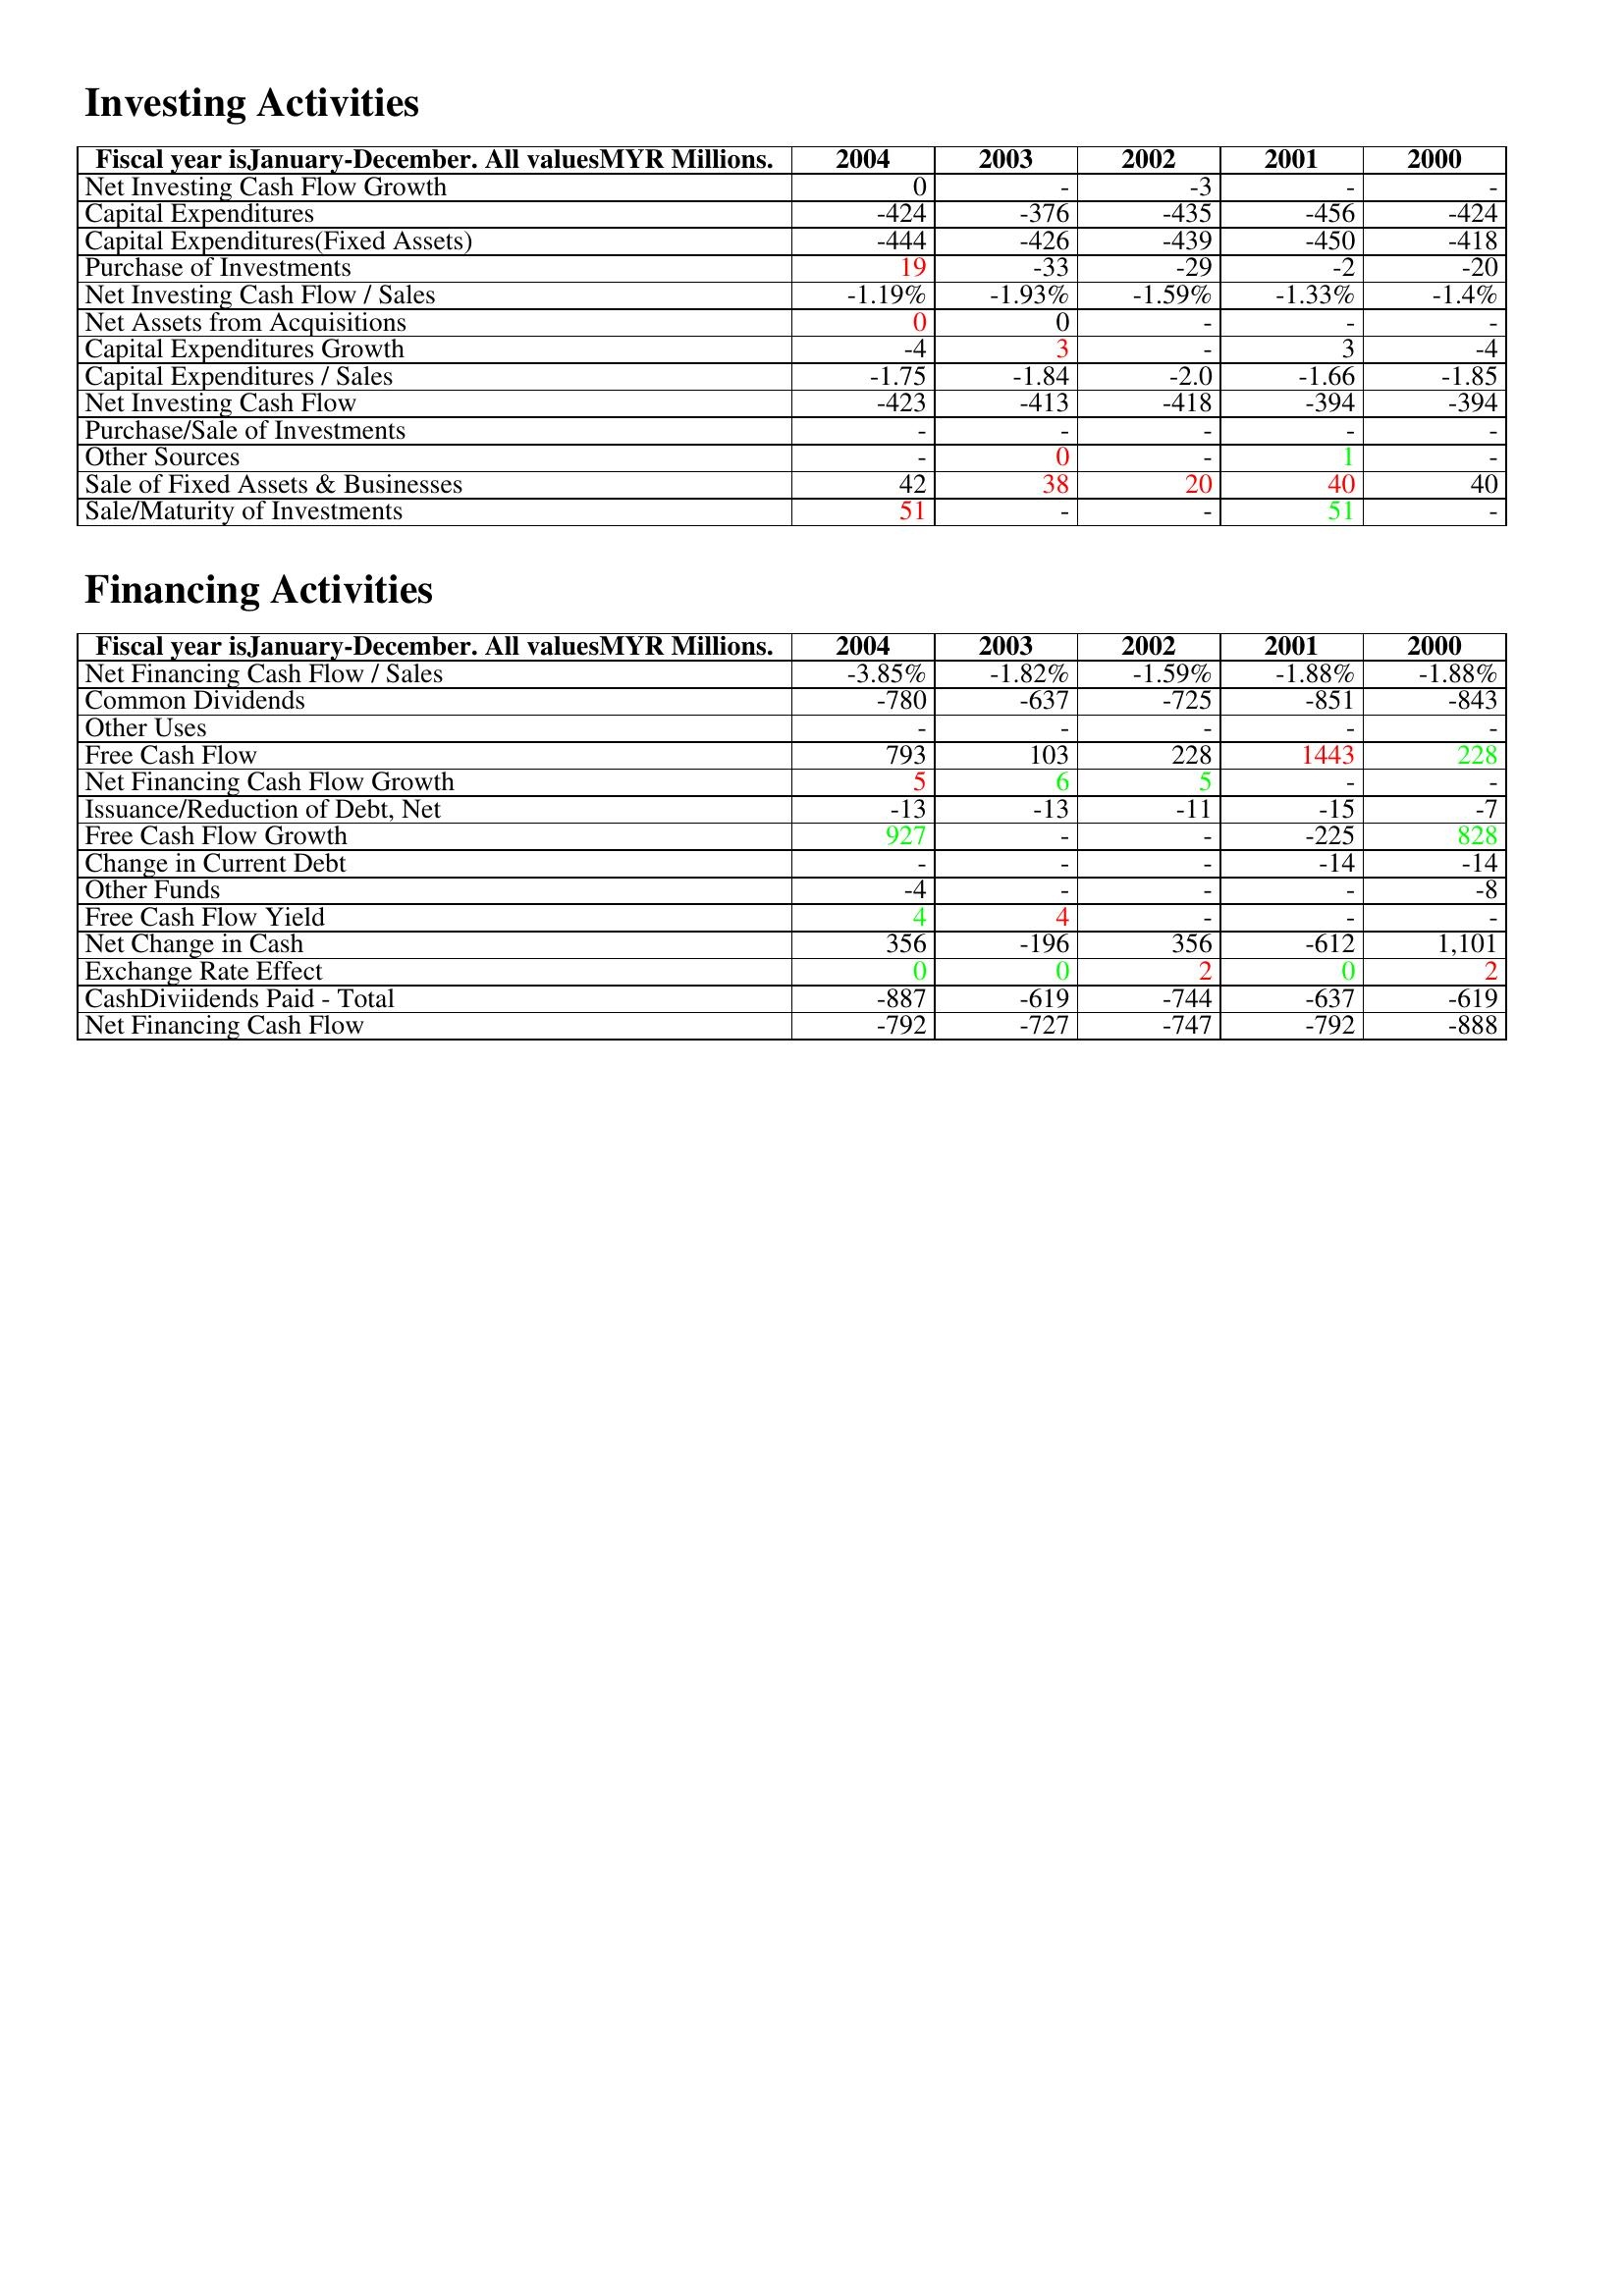
gt_parse: 2004: Investing Activities: Net Investing Cash Flow Growth: 0
Capital Expenditures: -424
Capital Expenditures(Fixed Assets): -444
Purchase of Investments: 19
Net Investing Cash Flow / Sales: -1.19%
Net Assets from Acquisitions: 0
Capital Expenditures Growth: -4
Capital Expenditures / Sales: -1.75
Net Investing Cash Flow: -423
Purchase/Sale of Investments: -
Other Sources: -
Sale of Fixed Assets & Businesses: 42
Sale/Maturity of Investments: 51
Financing Activities: Net Financing Cash Flow / Sales: -3.85%
Common Dividends: -780
Other Uses: -
Free Cash Flow: 793
Net Financing Cash Flow Growth: 5
Issuance/Reduction of Debt, Net: -13
Free Cash Flow Growth: 927
Change in Current Debt: -
Other Funds: -4
Free Cash Flow Yield: 4
Net Change in Cash: 356
Exchange Rate Effect: 0
CashDiviidends Paid - Total: -887
Net Financing Cash Flow: -792
2003: Investing Activities: Net Investing Cash Flow Growth: -
Capital Expenditures: -376
Capital Expenditures(Fixed Assets): -426
Purchase of Investments: -33
Net Investing Cash Flow / Sales: -1.93%
Net Assets from Acquisitions: 0
Capital Expenditures Growth: 3
Capital Expenditures / Sales: -1.84
Net Investing Cash Flow: -413
Purchase/Sale of Investments: -
Other Sources: 0
Sale of Fixed Assets & Businesses: 38
Sale/Maturity of Investments: -
Financing Activities: Net Financing Cash Flow / Sales: -1.82%
Common Dividends: -637
Other Uses: -
Free Cash Flow: 103
Net Financing Cash Flow Growth: 6
Issuance/Reduction of Debt, Net: -13
Free Cash Flow Growth: -
Change in Current Debt: -
Other Funds: -
Free Cash Flow Yield: 4
Net Change in Cash: -196
Exchange Rate Effect: 0
CashDiviidends Paid - Total: -619
Net Financing Cash Flow: -727
2002: Investing Activities: Net Investing Cash Flow Growth: -3
Capital Expenditures: -435
Capital Expenditures(Fixed Assets): -439
Purchase of Investments: -29
Net Investing Cash Flow / Sales: -1.59%
Net Assets from Acquisitions: -
Capital Expenditures Growth: -
Capital Expenditures / Sales: -2.0
Net Investing Cash Flow: -418
Purchase/Sale of Investments: -
Other Sources: -
Sale of Fixed Assets & Businesses: 20
Sale/Maturity of Investments: -
Financing Activities: Net Financing Cash Flow / Sales: -1.59%
Common Dividends: -725
Other Uses: -
Free Cash Flow: 228
Net Financing Cash Flow Growth: 5
Issuance/Reduction of Debt, Net: -11
Free Cash Flow Growth: -
Change in Current Debt: -
Other Funds: -
Free Cash Flow Yield: -
Net Change in Cash: 356
Exchange Rate Effect: 2
CashDiviidends Paid - Total: -744
Net Financing Cash Flow: -747
2001: Investing Activities: Net Investing Cash Flow Growth: -
Capital Expenditures: -456
Capital Expenditures(Fixed Assets): -450
Purchase of Investments: -2
Net Investing Cash Flow / Sales: -1.33%
Net Assets from Acquisitions: -
Capital Expenditures Growth: 3
Capital Expenditures / Sales: -1.66
Net Investing Cash Flow: -394
Purchase/Sale of Investments: -
Other Sources: 1
Sale of Fixed Assets & Businesses: 40
Sale/Maturity of Investments: 51
Financing Activities: Net Financing Cash Flow / Sales: -1.88%
Common Dividends: -851
Other Uses: -
Free Cash Flow: 1443
Net Financing Cash Flow Growth: -
Issuance/Reduction of Debt, Net: -15
Free Cash Flow Growth: -225
Change in Current Debt: -14
Other Funds: -
Free Cash Flow Yield: -
Net Change in Cash: -612
Exchange Rate Effect: 0
CashDiviidends Paid - Total: -637
Net Financing Cash Flow: -792
2000: Investing Activities: Net Investing Cash Flow Growth: -
Capital Expenditures: -424
Capital Expenditures(Fixed Assets): -418
Purchase of Investments: -20
Net Investing Cash Flow / Sales: -1.4%
Net Assets from Acquisitions: -
Capital Expenditures Growth: -4
Capital Expenditures / Sales: -1.85
Net Investing Cash Flow: -394
Purchase/Sale of Investments: -
Other Sources: -
Sale of Fixed Assets & Businesses: 40
Sale/Maturity of Investments: -
Financing Activities: Net Financing Cash Flow / Sales: -1.88%
Common Dividends: -843
Other Uses: -
Free Cash Flow: 228
Net Financing Cash Flow Growth: -
Issuance/Reduction of Debt, Net: -7
Free Cash Flow Growth: 828
Change in Current Debt: -14
Other Funds: -8
Free Cash Flow Yield: -
Net Change in Cash: 1,101
Exchange Rate Effect: 2
CashDiviidends Paid - Total: -619
Net Financing Cash Flow: -888